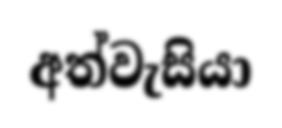
අත්වැසියා